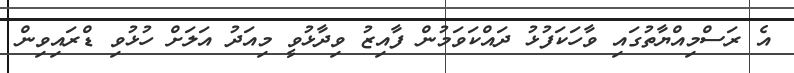
އެ ރަސްމިއްޔާތުގައި ވާހަކަފުޅު ދައްކަވަމުން ފާއިޒު ވިދާޅުވީ މިއަދު އަލަށް ހުޅުވި ޑްރައިވިން